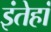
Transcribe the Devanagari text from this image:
इंतेहां